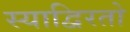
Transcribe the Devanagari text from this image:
स्याद्विरतो